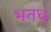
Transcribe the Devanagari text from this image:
भतध्